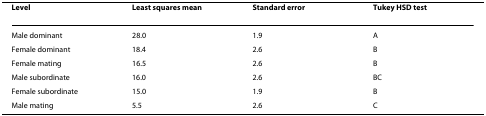
| Level | Least squares mean | Standard error | Tukey HSD test |
 | --- | --- | --- | --- |
 | Male dominant | 28.0 | 1.9 | A |
 | Female dominant | 18.4 | 2.6 | B |
 | Female mating | 16.5 | 2.6 | B |
 | Male subordinate | 16.0 | 2.6 | BC |
 | Female subordinate | 15.0 | 1.9 | B |
 | Male mating | 5.5 | 2.6 | C |